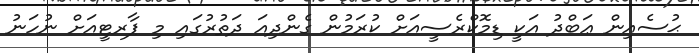
ޙުސެއިން ޢަބްދު އަކީ ޑިމޮކްރެސީއަށް ކުރަމުން ގެންދިއަ ދަތުރުގައި މި ޕާރޓީއަށް ނުހަނު